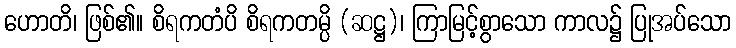
ဟောတိ၊ ဖြစ်၏။ စိရကတံပိ စိရကတမ္ပိ (ဆဋ္ဌ)၊ ကြာမြင့်စွာသော ကာလ၌ ပြုအပ်သော